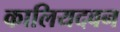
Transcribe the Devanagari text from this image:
कालियदवन